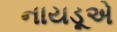
નાયડૂએ